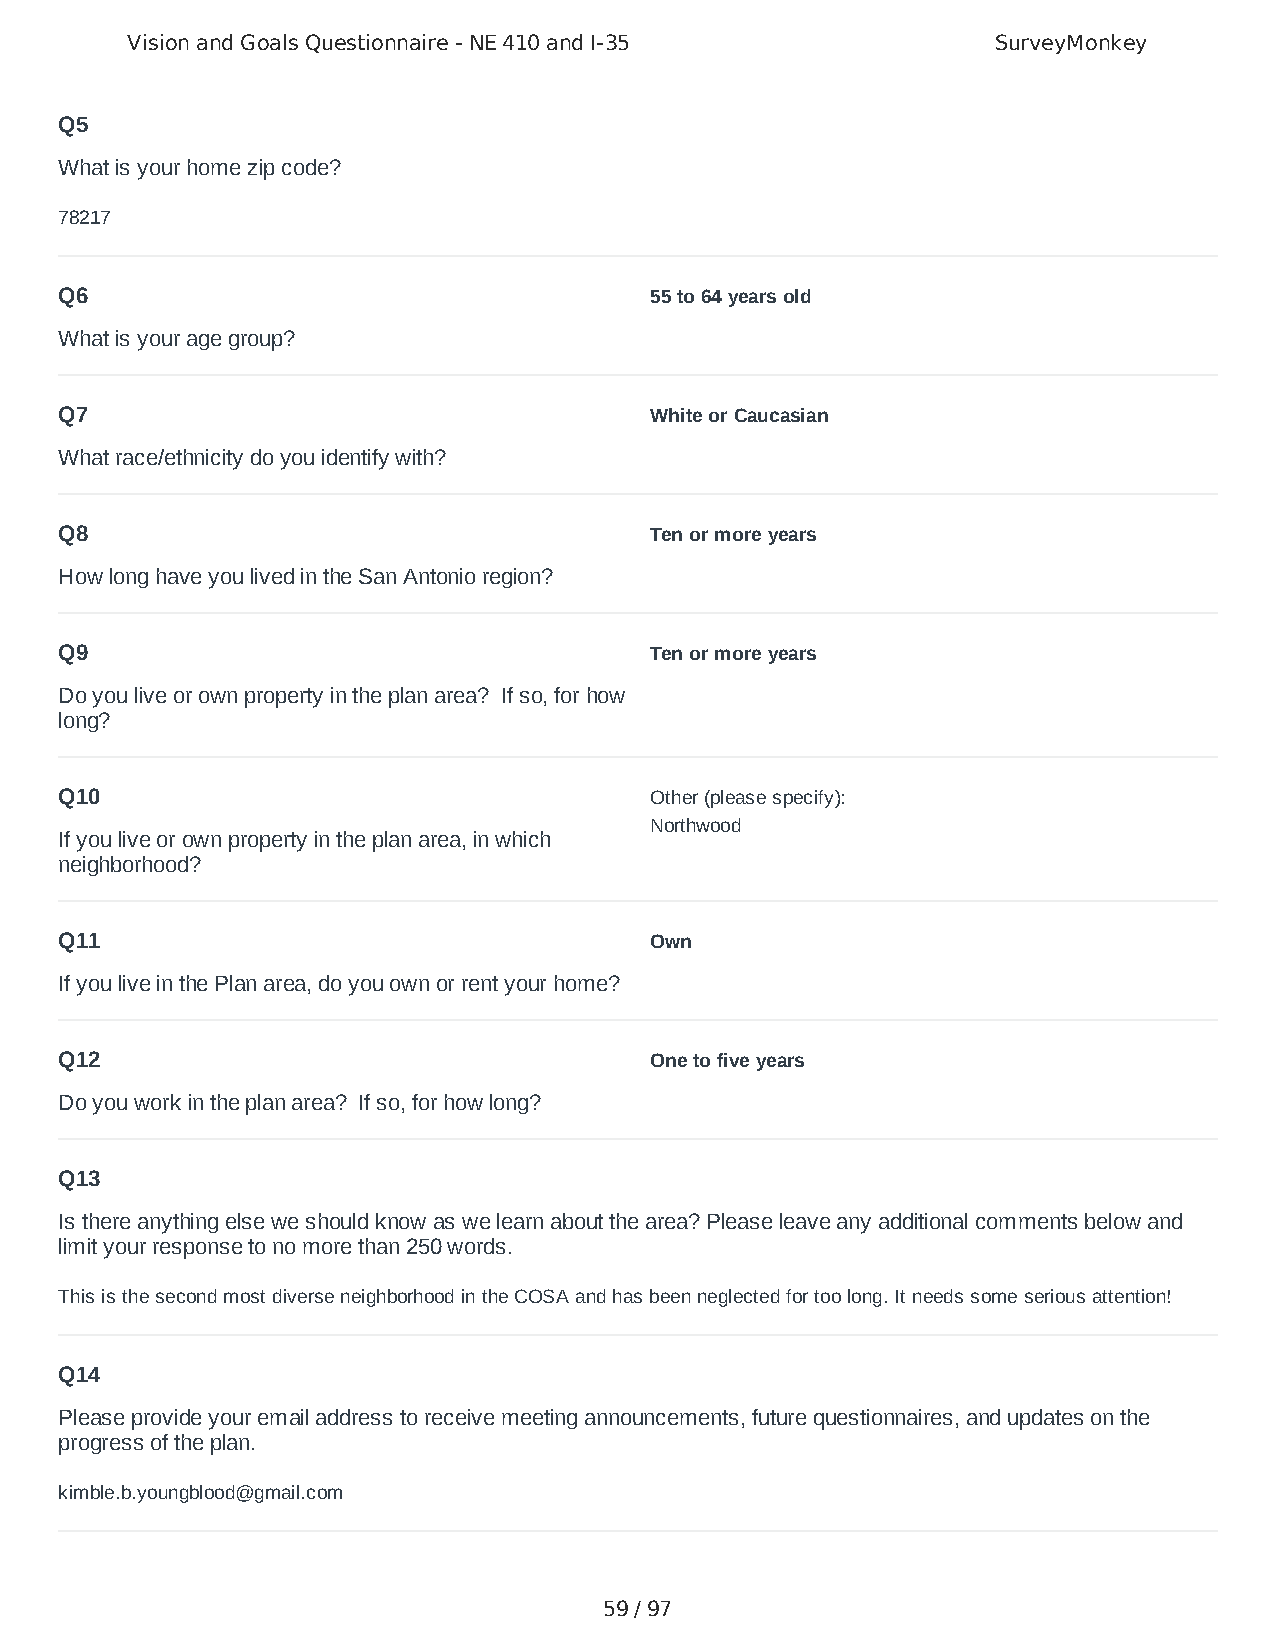
Vision and Goals Questionnaire - NE 410 and I-35          SurveyMonkey
 Q5
 What is your home zip code?
 78217
 Q6                                     55 to 64 years old
 What is your age group?
 Q7                                     White or Caucasian
 What race/ethnicity do you identify with?
 Q8                                     Ten or more years
 How long have you lived in the San Antonio region?
 Q9                                     Ten or more years
 Do you live or own property in the plan area? If so, for how
 long?
 Q10                                    Other (please specify):
 Northwood
 If you live or own property in the plan area, in which
 neighborhood?
 Q11                                    Own
 If you live in the Plan area, do you own or rent your home?
 Q12                                    One to five years
 Do you work in the plan area? If so, for how long?
 Q13
 Is there anything else we should know as we learn about the area? Please leave any additional comments below and
 limit your response to no more than 250 words.
 This is the second most diverse neighborhood in the COSA and has been neglected for too long. It needs some serious attention!
 Q14
 Please provide your email address to receive meeting announcements, future questionnaires, and updates on the
 progress of the plan.
 kimble.b.youngblood@gmail.com
 59 / 97